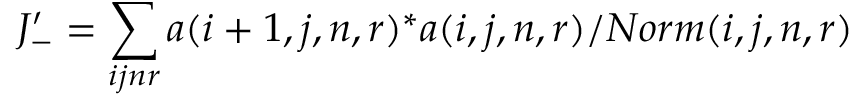
J _ { - } ^ { \prime } = \sum _ { i j n r } a ( i + 1 , j , n , r ) ^ { * } a ( i , j , n , r ) / N o r m ( i , j , n , r )